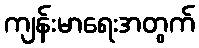
ကျန်းမာရေးအတွက်